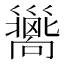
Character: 𢀉